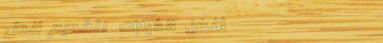
أفضل الخيارات لتقديم الحل